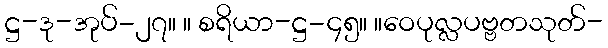
ဋ္ဌ-ဒု-အုပ်-၂၇။ ။ စရိယာ-ဋ္ဌ-၄၅။ ။ဝေပုလ္လပဗ္ဗတသုတ်-